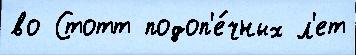
во Стотт подоп'е́чных л'ет